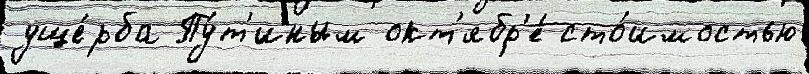
уще́рба Пу́т'иным окт'ябр'е́ сто́имостью